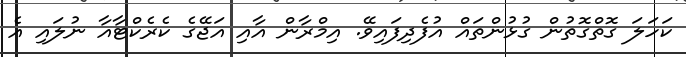
ކަހަލަ ގޮތްގޮތުން ގުޅުންތައް އުފެދިފައިވޭ. އިމްރާން އާއި އަޖޭގެ ކެރެކްޓާއާ ނުލައި އެ